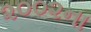
૨૦૦૨ના